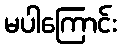
မပါကြောင်း